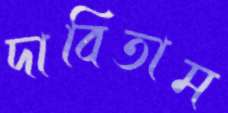
দাবিতাম